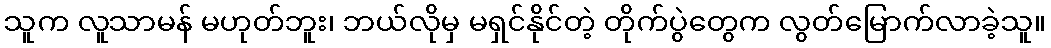
သူက လူသာမန် မဟုတ်ဘူး၊ ဘယ်လိုမှ မရှင်နိုင်တဲ့ တိုက်ပွဲတွေက လွတ်မြောက်လာခဲ့သူ။